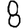
Digit: 8